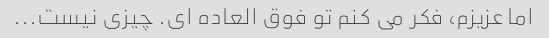
اما عزیزم، فکر می کنم تو فوق العاده ای. چیزی نیست...